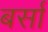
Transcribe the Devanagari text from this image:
बर्सा